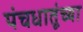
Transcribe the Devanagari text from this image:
पंचधातूंच्या